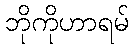
ဘိုကိုဟာရမ်